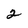
Character: 2